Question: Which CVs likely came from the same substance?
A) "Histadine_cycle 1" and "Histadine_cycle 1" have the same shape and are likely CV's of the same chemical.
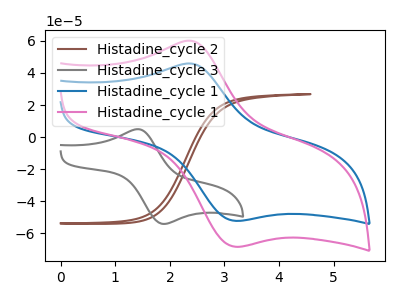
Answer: <think>The brown curve "Histadine_cycle 2" has no peaks. The gray curve "Histadine_cycle 3" has an anodic peak at (1.45V, 4.95uA) and a cathodic peak at (1.90V, -54.05uA). The blue curve "Histadine_cycle 1" has an anodic peak at (2.40V, 45.70uA) and a cathodic peak at (3.20V, -52.10uA). The pink curve "Histadine_cycle 1" has an anodic peak at (2.40V, 59.85uA) and a cathodic peak at (3.20V, -68.25uA).
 "Histadine_cycle 2" and "Histadine_cycle 3" have a different number of peaks. "Histadine_cycle 2" and "Histadine_cycle 1" have a different number of peaks. "Histadine_cycle 2" and "Histadine_cycle 1" have a different number of peaks. "Histadine_cycle 3" and "Histadine_cycle 1" have at least one peak that do not match. "Histadine_cycle 3" and "Histadine_cycle 1" have at least one peak that do not match. All the peaks in "Histadine_cycle 1" have a peak in "Histadine_cycle 1" at the same potential. Every peak in "Histadine_cycle 1" is lower than every peak in "Histadine_cycle 1".</think>
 <answer>A) "Histadine_cycle 1" and "Histadine_cycle 1" have the same shape and are likely CV's of the same chemical.</answer>
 <eval>A</eval>